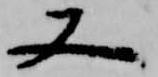
又